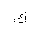
Letter: _kaf